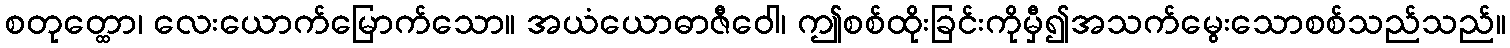
စတုတ္ထော၊ လေးယောက်မြောက်သော။ အယံယောဓာဇီဝေါ၊ ဤစစ်ထိုးခြင်းကိုမှီ၍အသက်မွေးသောစစ်သည်သည်။